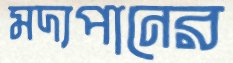
মদ্যপানের